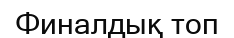
Финалдық топ